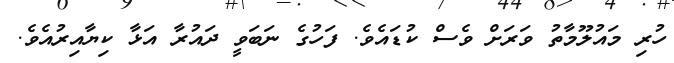
ހުރި މައުލޫމާތު ވަރަށް ވެސް ކުޑައެވެ. ފަހުގެ ނަބަވީ ދައުރާ އަޅާ ކިޔާއިރުއެވެ.